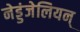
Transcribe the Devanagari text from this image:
नेड्डंजेलियन्